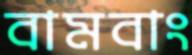
বামবাং